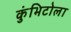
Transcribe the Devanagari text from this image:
कुंभिटोला